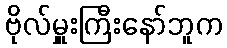
ဗိုလ်မှူးကြီးနော်ဘူက